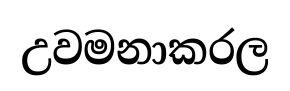
උවමනාකරල